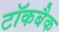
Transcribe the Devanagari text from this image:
टॉकबैक